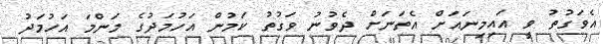
އެވަގުތު ވީ އައިމިނައަށް އެތަނަށް ދެވުނު ވަގުތު ކަމުން އަހުމަދުގެ މަންމަ އަހުމަދު